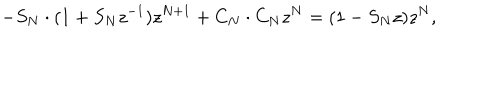
LaTeX: - S _ { N } \cdot ( 1 + S _ { N } z ^ { - 1 } ) z ^ { N + 1 } + C _ { N } \cdot C _ { N } z ^ { N } = ( 1 - S _ { N } z ) z ^ { N } ,